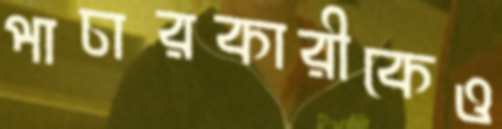
পাচারকারীকেও